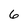
Character: 6